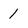
Character: 1